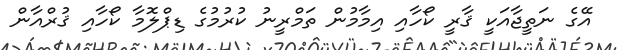
އޭގެ ނަތީޖާއަކީ ޤާރީ ކޯހާއި އިމާމުން ތަމްރީނު ކުރުމުގެ ޑިޕްލޮމާ ކޯހާއި ޤުރްއާން